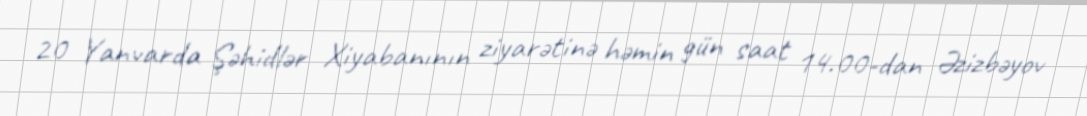
20 Yanvarda Şəhidlər Xiyabanının ziyarətinə həmin gün saat 14.00-dan Əzizbəyov